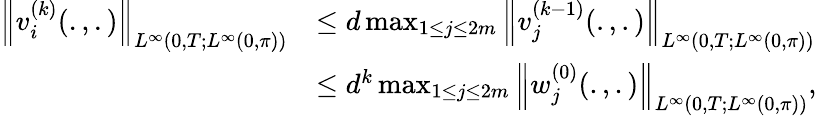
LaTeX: \begin{array}{rl}{\left\| v_{i}^{(k)}(.,.)\right\| _{L^{\infty}(0,T;L^{\infty}(0,\pi))}}&{\leq d\operatorname*{max}_{1\leq j\leq 2m}\left\| v_{j}^{(k-1)}(.,.)\right\| _{L^{\infty}(0,T;L^{\infty}(0,\pi))}}\\ &{\leq d^{k}\operatorname*{max}_{1\leq j\leq 2m}\left\| w_{j}^{(0)}(.,.)\right\| _{L^{\infty}(0,T;L^{\infty}(0,\pi))},}\end{array}